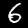
Digit: 6